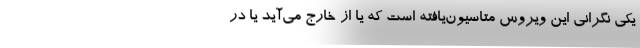
یکی نگرانی این ویروس متاسیون‌یافته است که یا از خارج می‌آید یا در